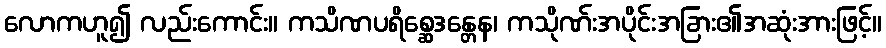
လောကဟူ၍ လည်းကောင်း။ ကသိဏပရိစ္ဆေဒန္တေန၊ ကသိုဏ်းအပိုင်းအခြား၏အဆုံးအားဖြင့်။